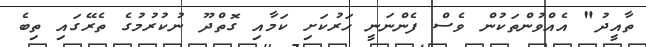
ތާއީދު" އެއްވުންތަކުން ވެސް ފެންނަނީ ހަރުކަށި ކަމާއި ގޮތްދޫ ނުކުރުމުގެ ތެރޭގައި ތިބެ